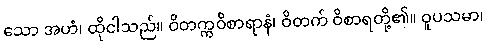
သော အဟံ၊ ထိုငါသည်။ ဝိတက္ကဝိစာရာနံ၊ ဝိတက် ဝိစာရတို့၏။ ဝူပသမာ၊